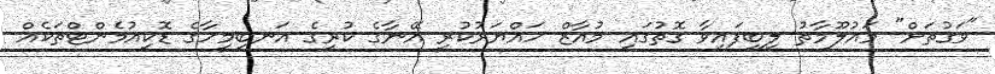
"ވަގުތަށް" މައުލޫމާތު ލިބިފައިވާ ގޮތުގައި މުއާޒް ހައްޔަރުކުރީ އޭނާގެ ކުރީގެ އަނބިމީހާގެ ޑޮކިއުމެންޓްތަކެއް